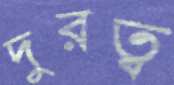
দুরত্ব